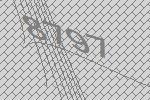
8797